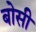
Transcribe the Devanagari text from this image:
बोसी